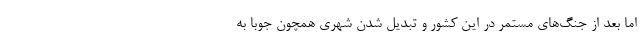
اما بعد از جنگ‌های مستمر در این کشور و تبدیل شدن شهری همچون جوبا به